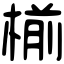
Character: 椾